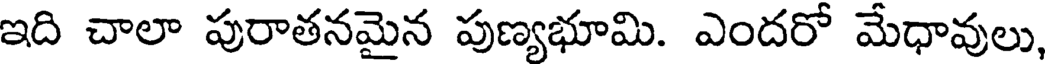
ఇది చాలా పురాతనమైన పుణ్యభూమి. ఎందరో మేధావులు,